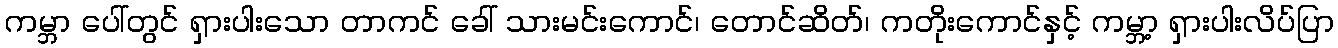
ကမ္ဘာ ပေါ်တွင် ရှားပါးသော တာကင် ခေါ် သားမင်းကောင်၊ တောင်ဆိတ်၊ ကတိုးကောင်နှင့် ကမ္ဘာ့ ရှားပါးလိပ်ပြာ